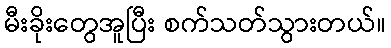
မီးခိုးတွေအူပြီး စက်သတ်သွားတယ်။